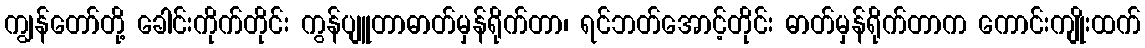
ကျွန်တော်တို့ ခေါင်းကိုက်တိုင်း ကွန်ပျူတာဓာတ်မှန်ရိုက်တာ၊ ရင်ဘတ်အောင့်တိုင်း ဓာတ်မှန်ရိုက်တာက ကောင်းကျိုးထက်